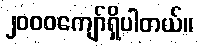
၂၀၀၀ကျော်ရှိပါတယ်။